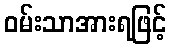
ဝမ်းသာအားရဖြင့်